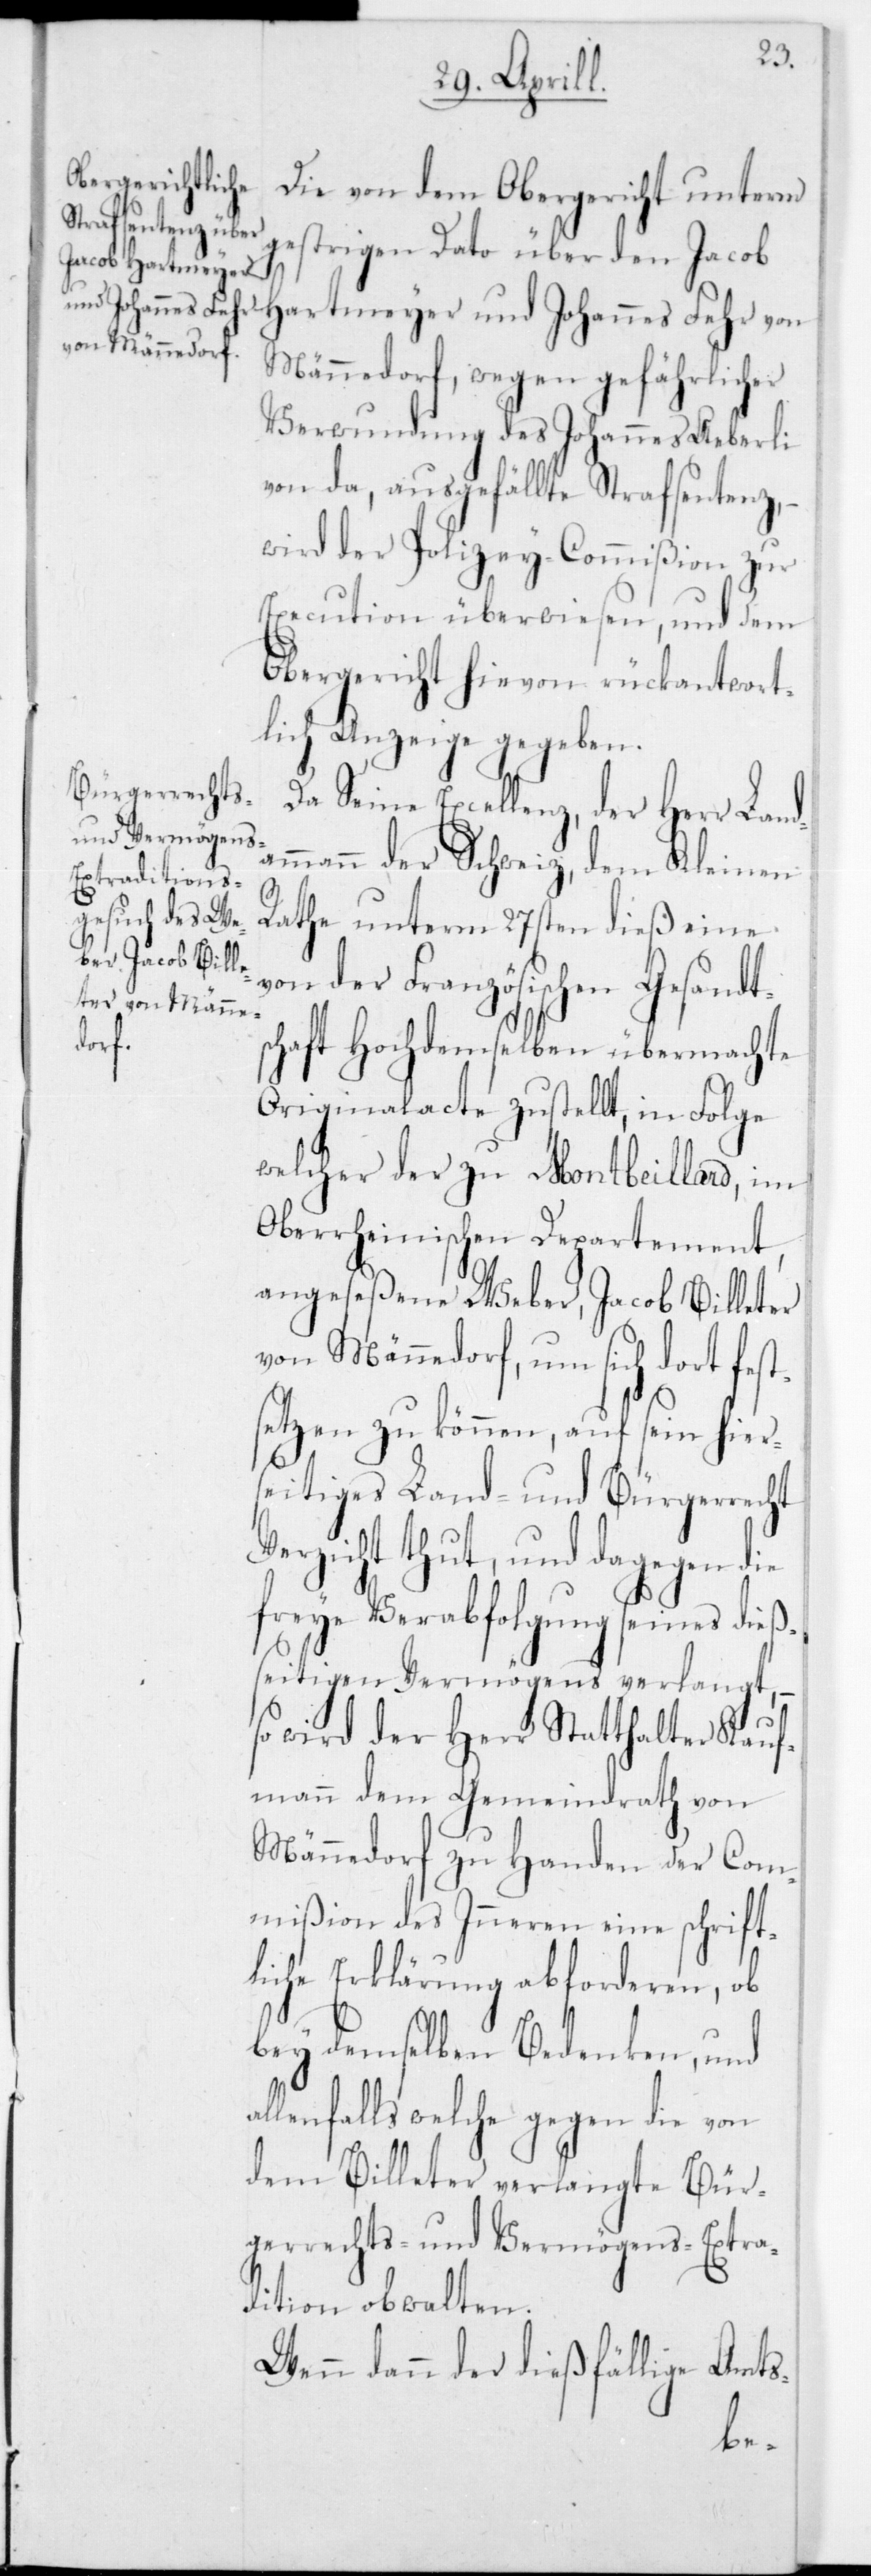
Die von dem Obergericht unterm
gestrigen Dato über den Jacob
Männedorf, wegen gefährlicher
Verwundung des Johannes Aeberli
von da, ausgefällte Strafsentenz, –
wird der Polizey-Commißion zur
Execution überwiesen, und dem
Obergericht hievon rückantwort¬
lich Anzeige gegeben.
Seine Excellenz, der Herr Land¬
ammann der Schweiz, dem Kleinen
Rathe unterm 27sten dieß eine
von der Französischen Gesandt¬
schaft Hochdemselben übermachte
Originalacte zustellt, in Folge
welcher der zu Montbeillard, im
Oberrheinischen Departement,
angeseßene Weber, Jacob Billeter
von Männedorf, um sich dort fest¬
setzen zu können, auf sein hier¬
seitiges Land- und Bürgerrecht
Verzicht thut, und dagegen die
freye Verabfolgung seines dieß¬
seitigen Vermögens verlangt, –
so wird der Herr Statthalter Kauf¬
mann dem Gemeindrath von
Männedorf zu Handen der Com¬
mißion des Inneren eine schrift¬
liche Erklärung abforderen, ob
bey demselben Bedenken, und
lenfalls welche gegen die von
dem Billeter verlangte Bür¬
gerrechts- und Vermögens-Extra¬
dition obwalten.
Wenn dann der dießfällige Amts-
al¬